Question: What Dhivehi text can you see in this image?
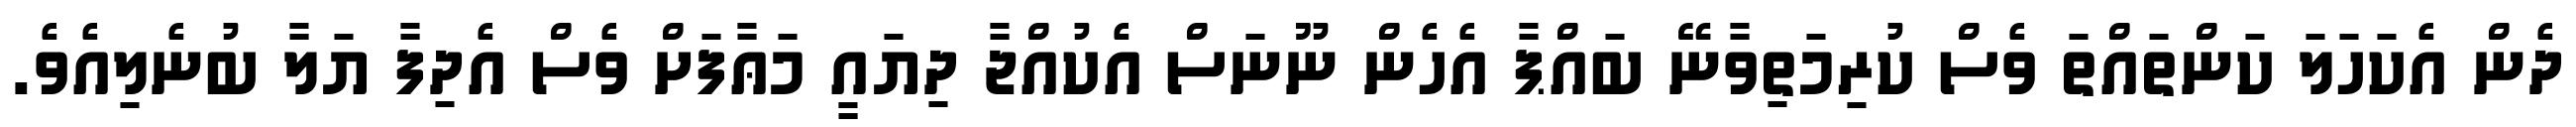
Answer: ދެން އެކަހަލަ ކަންތައްތަ ވެސް ކުރިމަތިވާނޭ ބައްޕާ އެހެން ނޫނަސް އެކުއްޖާ ދިޔައީ މަޢާފަށް ވެސް އެދިފާ ޔަލާ ބުނެލިއެވެ.